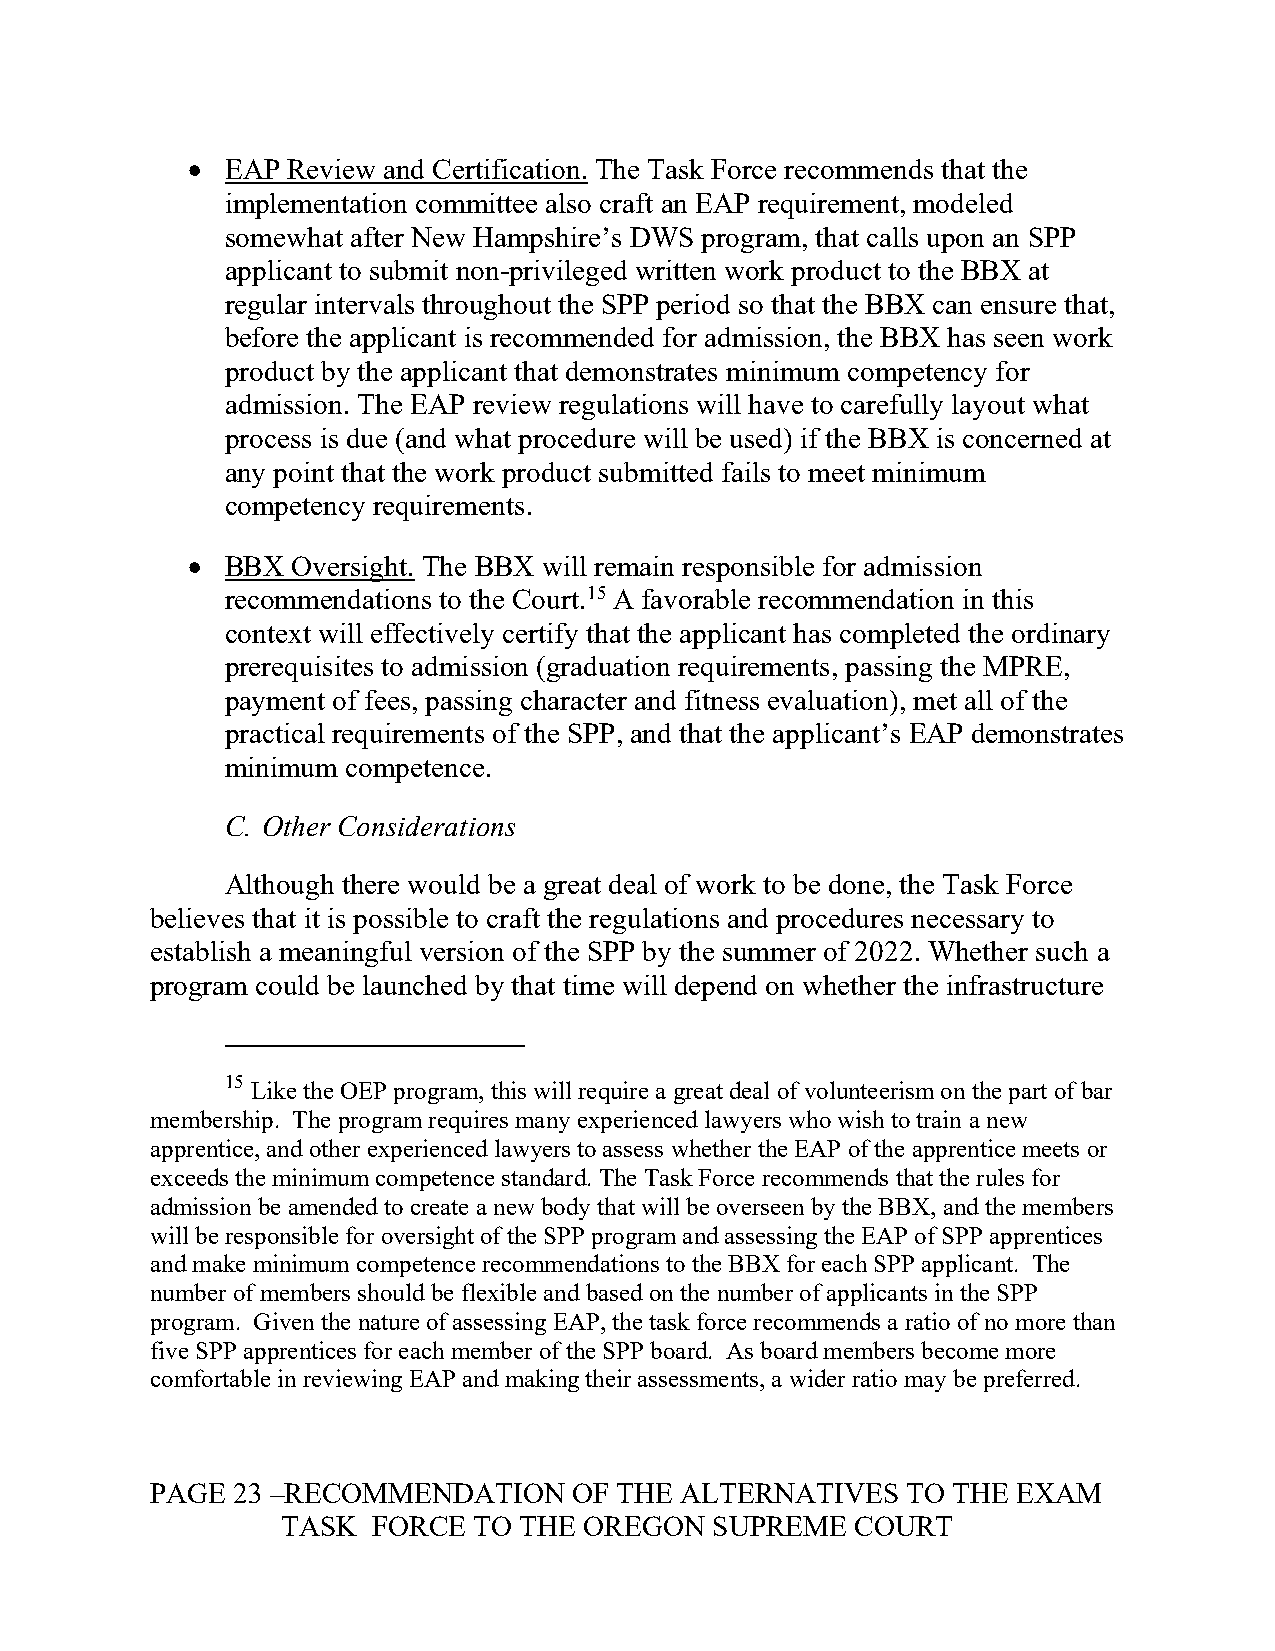
•  EAP Review and Certification. The Task Force recommends that the
 implementation committee also craft an EAP requirement, modeled
 somewhat after New Hampshire’s DWS program, that calls upon an SPP
 applicant to submit non-privileged written work product to the BBX at
 regular intervals throughout the SPP period so that the BBX can ensure that,
 before the applicant is recommended for admission, the BBX has seen work
 product by the applicant that demonstrates minimum competency for
 admission. The EAP review regulations will have to carefully layout what
 process is due (and what procedure will be used) if the BBX is concerned at
 any point that the work product submitted fails to meet minimum
 competency requirements.
 •  BBX Oversight. The BBX will remain responsible for admission
 recommendations to the Court.15 A favorable recommendation in this
 context will effectively certify that the applicant has completed the ordinary
 prerequisites to admission (graduation requirements, passing the MPRE,
 payment of fees, passing character and fitness evaluation), met all of the
 practical requirements of the SPP, and that the applicant’s EAP demonstrates
 minimum competence.
 C. Other Considerations
 Although there would be a great deal of work to be done, the Task Force
 believes that it is possible to craft the regulations and procedures necessary to
 establish a meaningful version of the SPP by the summer of 2022. Whether such a
 program could be launched by that time will depend on whether the infrastructure
 15 Like the OEP program, this will require a great deal of volunteerism on the part of bar
 membership. The program requires many experienced lawyers who wish to train a new
 apprentice, and other experienced lawyers to assess whether the EAP of the apprentice meets or
 exceeds the minimum competence standard. The Task Force recommends that the rules for
 admission be amended to create a new body that will be overseen by the BBX, and the members
 will be responsible for oversight of the SPP program and assessing the EAP of SPP apprentices
 and make minimum competence recommendations to the BBX for each SPP applicant. The
 number of members should be flexible and based on the number of applicants in the SPP
 program. Given the nature of assessing EAP, the task force recommends a ratio of no more than
 five SPP apprentices for each member of the SPP board. As board members become more
 comfortable in reviewing EAP and making their assessments, a wider ratio may be preferred.
 PAGE 23 –RECOMMENDATION     OF THE ALTERNATIVES   TO THE EXAM
 TASK  FORCE TO THE  OREGON  SUPREME   COURT